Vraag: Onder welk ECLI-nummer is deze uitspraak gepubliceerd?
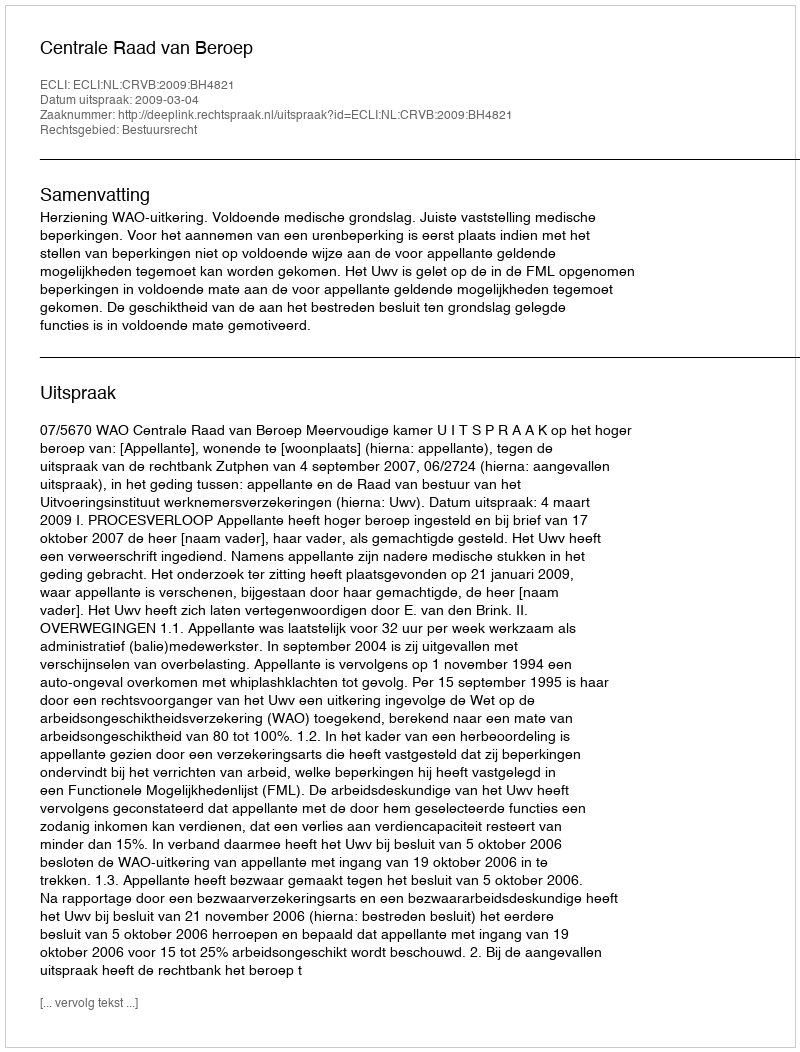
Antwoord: ECLI:NL:CRVB:2009:BH4821